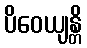
ပိဝေယျန္တိ